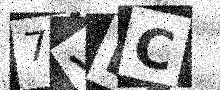
Text: 7VDC